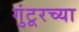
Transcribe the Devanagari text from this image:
गुंटूरच्या